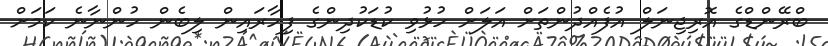
ބްރޭންޑްގެ އޮރިޖިނަލް އުފެއްދުންތަށް އަލަށް ހުޅުވި ކުޑަކުދިންގެ ފިހާރައިން ލިބެން ހުންނާނެ ކަމަށް